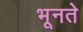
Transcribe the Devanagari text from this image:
भूनते